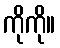
ကိုကို။